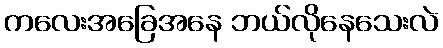
ကလေးအခြေအနေ ဘယ်လိုနေသေးလဲ